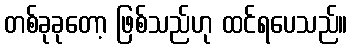
တစ်ခုခုတော့ ဖြစ်သည်ဟု ထင်ရပေသည်။